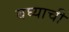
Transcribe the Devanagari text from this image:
बघ्याची